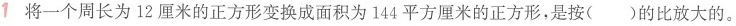
1将一个周长为12厘米的正方形变换成面积为144平方厘米的正方形，是按( )的比放大的。